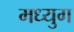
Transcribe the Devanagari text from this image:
मध्युग